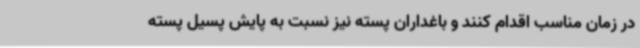
در زمان مناسب اقدام کنند و باغداران پسته نیز نسبت به پایش پسیل پسته